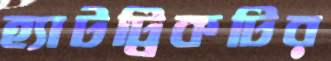
হ্যাটট্রিকটির